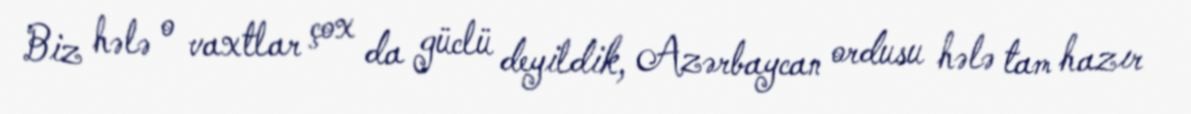
Biz hələ o vaxtlar çox da güclü deyildik, Azərbaycan ordusu hələ tam hazır